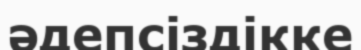
әдепсіздікке